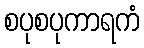
စပုစပုကာရကံ